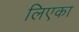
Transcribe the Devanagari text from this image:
लिएका